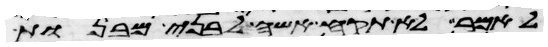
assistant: לאמר לא תקח אשה לבני מבנות